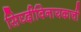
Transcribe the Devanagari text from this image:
सिघ्दीविनायकाची